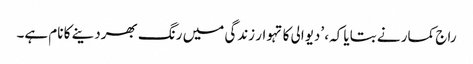
راج کمار نے بتایا کہ، ’دیوالی کا تہوار زندگی میں رنگ بھردینے کا نام ہے۔